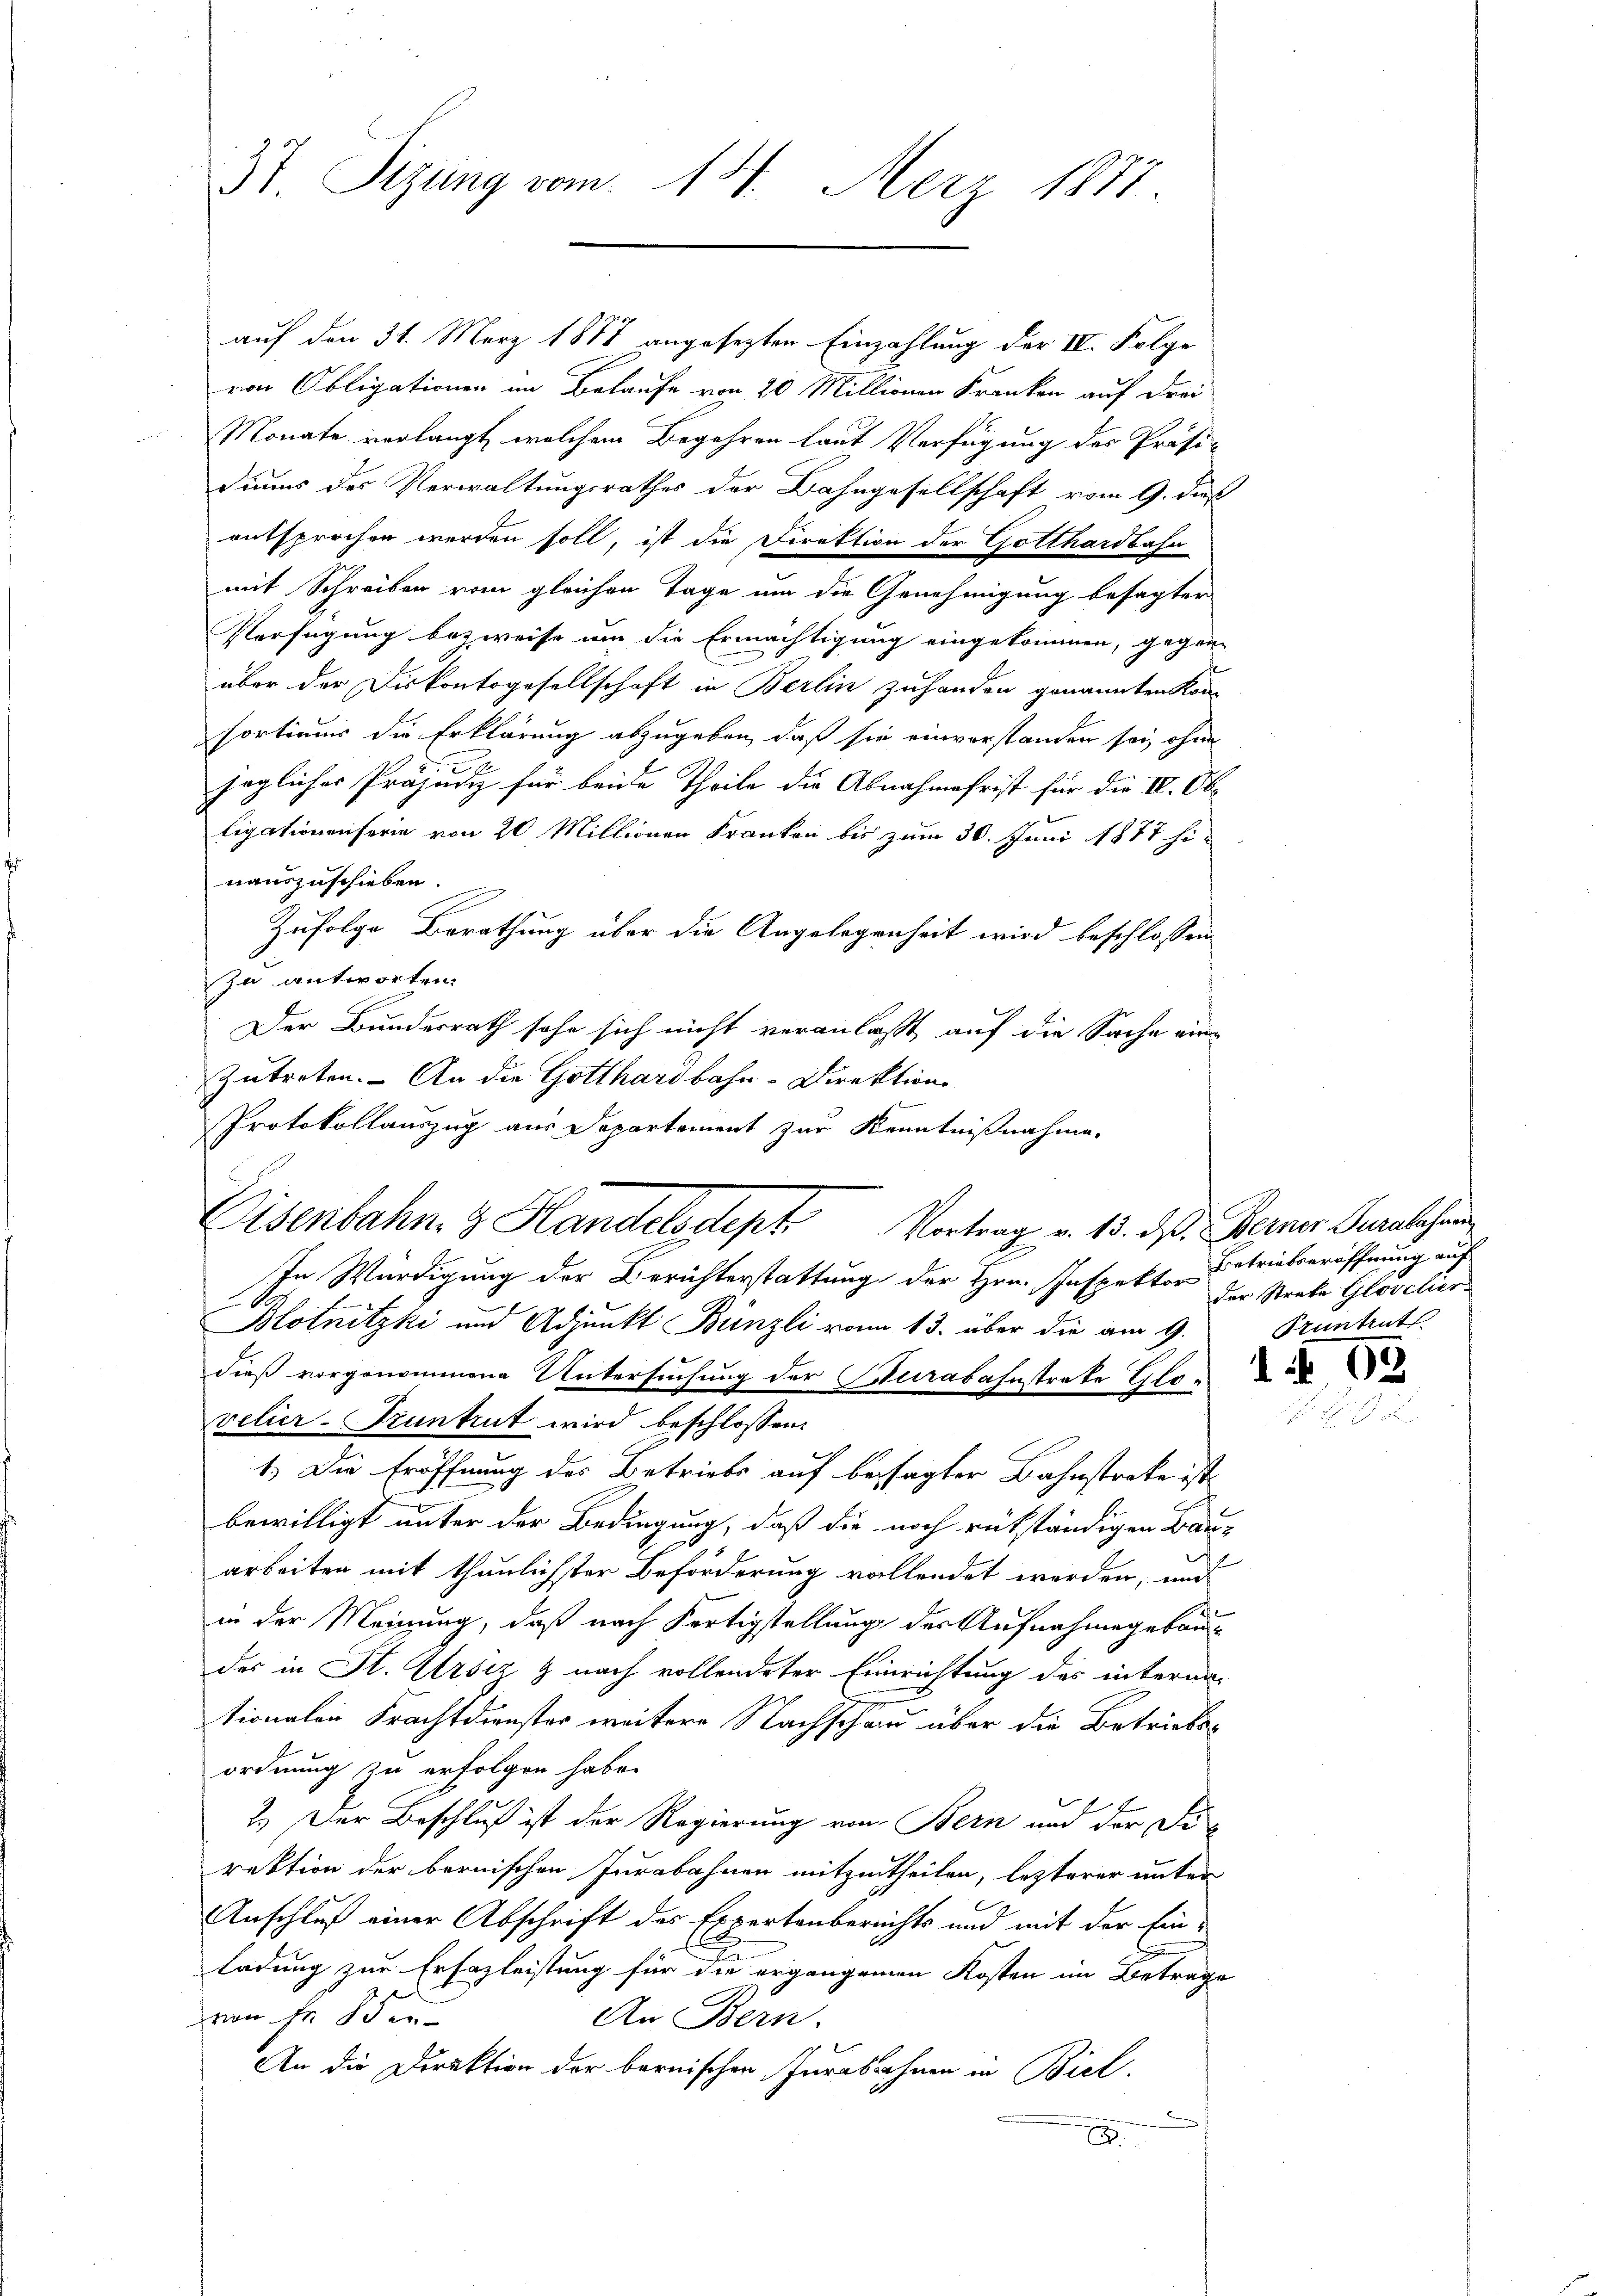
37 Sizung vom 14. Merz 1877

auf den 31. März 1878 angesezten Einzahlung der IV. Folge
von Obligationen im Belaufe von 20 Millionen Kranken auf Frei
Monate verlangt, welchem Begehren laut Verfügung des Präsi-
diums des Verwaltungsrathes der Bahngesellschaft vom 9. dieß
entsprochen werden soll, ist die Direktion der Gotthardbahn
mit Schreiben vom gleichen Tage um die Genehmigung besagter
Verfügung bezweife um die Ermächtigung eingekommen, gegen-
über der Diskontogesellschaft in Berlin zuhanden genannten Kon-
sortiums die Erklärung abzugeben, daß sie einverstanden sei, ohne
6
jegliches Präjudiz für beide Theile die Abnahmefrist für die IV. Obe
ligationenferie von 20 Millionen Franken bis zum 30. Juni 1877 hinauszuschieben.
Zufolge Berathung über die Angelegenheit wird beschlossen
zu antworten.
Der Bundesrath sehe sich nicht veranlaßt auf die Sache eine
zutreten. An die Gotthardbahn-Direktion
Protokollauszug aus Departement zur Kenntnißnahme.
In Würdigung der Berichterstattung der Hrn. Inspektor
Blotnitzki und Adjunkt Bünzli von 13. über die am 9. Pruntrutl.
dieß vorgenommene Untersuchung der Kurabahnstrate Glavelier-Truntrut wird beschlossen:
1.) Die Eröffnung des Betriebs auf besagter Bahnstreke ist
bewilligt unter der Bedingung, daß die noch rükständigen Bau-
F
arbeiten mit thunlichster Beförderung vollendet werden, und
in der Meinung, daß nach Fertigstellung der Aufnahmegebaudes in St. Ursiz & nach vollendeter Einrichtung des interma-
tionalen Frachtdienster weitere Nachschau über die Betriebs-
ordnung zu erfolgen habe.
2.) Der Beschluß ist der Regierung von Bern und der Firektion der bernischen Jurabahnen mitzutheilen, lezterer unter
Anschluß einer Abschrift des Expertenbereichts und mit der Ein¬
E
ladung zur Erfazleistung für die ergängenen Kosten im Betrage
von Fr. 5 der
An Bern.
An die Direktion der bernischen Jurabahnen in Biel,
2

Eisenbahn & Handelsdept Vortrag v. 15. dß. Berner Burckhar

Betriebseröffnung auf
der Streke Glovclier-

02